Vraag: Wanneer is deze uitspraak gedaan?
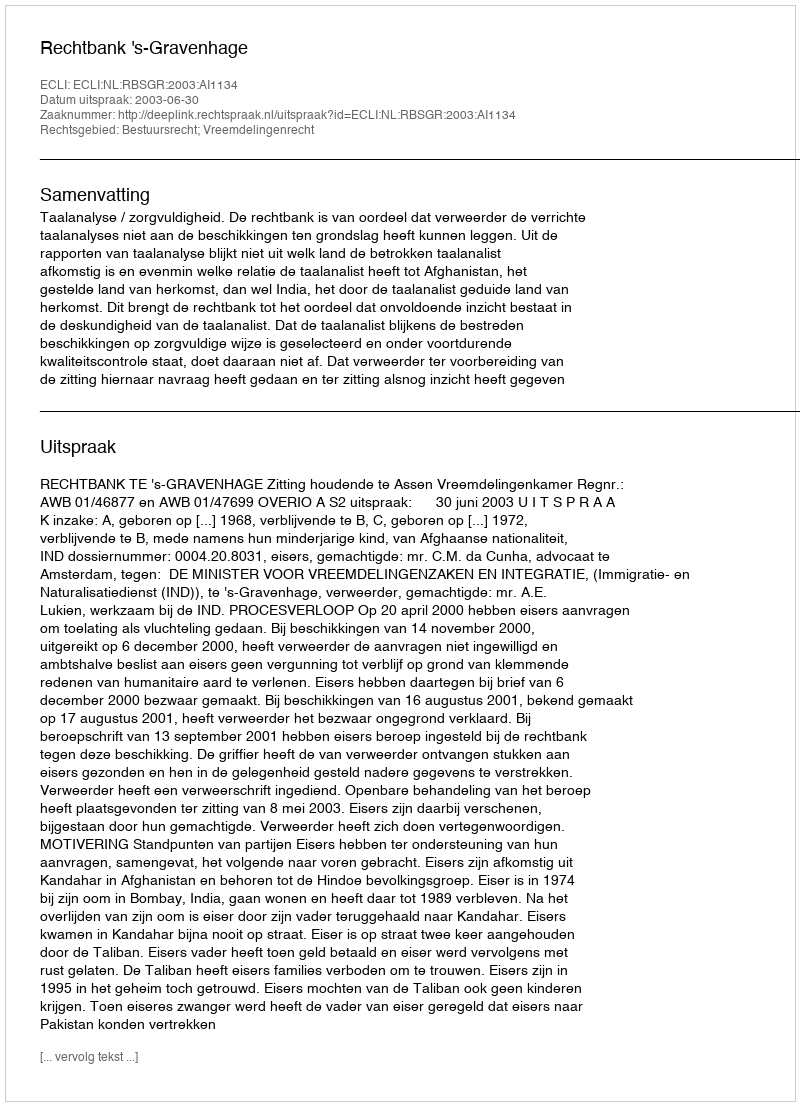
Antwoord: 2003-06-30